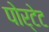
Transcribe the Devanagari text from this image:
पोर्टेट